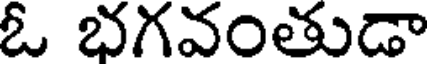
ఓ భగవంతుడా